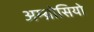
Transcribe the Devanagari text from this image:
अम्ब्रोसियो